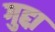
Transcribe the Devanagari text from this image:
गुद्दा